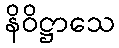
နိဝိဋ္ဌာသေ